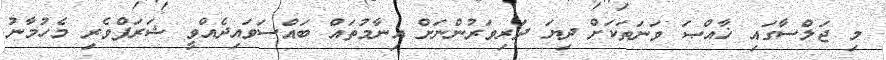
މި ޖަލްސާގައި ޚާއްޞަ ވަނަތަކަށް ދިޔަ ދަރިވަރުންނަށް އިނާމުތައް ބައްސަވައިދެއްވީ ޝަރަފްވެރި މެހުމާނު